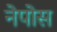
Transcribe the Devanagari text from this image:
नेपोस